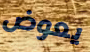
يعوض